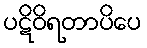
ပဋိဝိရတာပိပေ